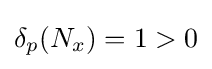
\delta _{p}(N_{x})=1>0